Civil Veterinary Department Bihar reports 1940-50 - 1940-1950
Year: 1940
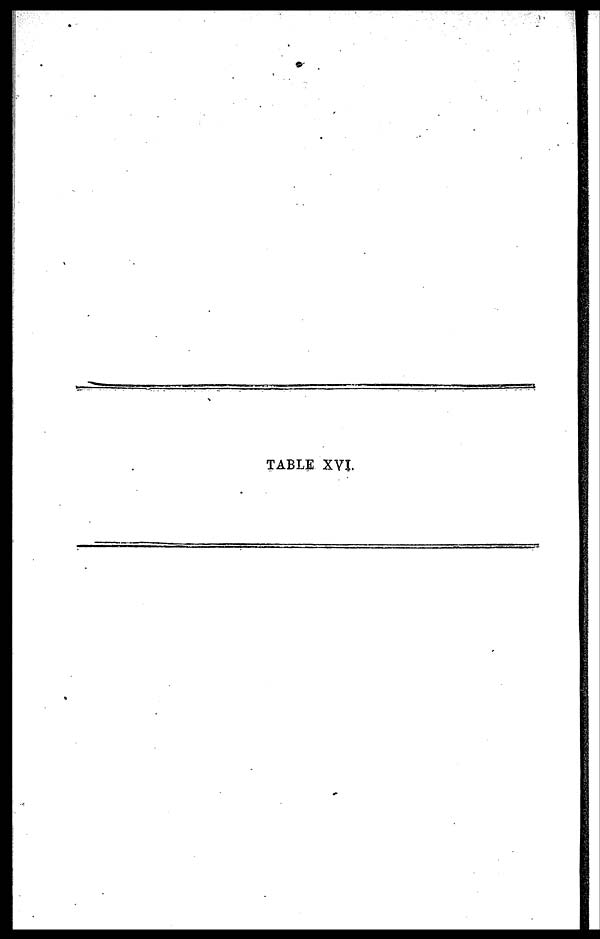
TABLE XVI.